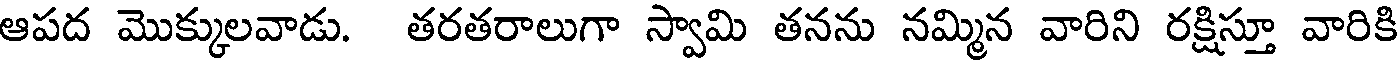
ఆపద మొక్కులవాడు. తరతరాలుగా స్వామి తనను నమ్మిన వారిని రక్షిస్తూ వారికి